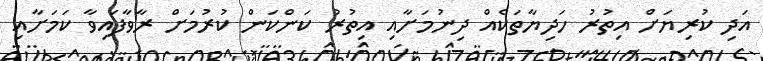
އަދި ކުރިޔަށް އިތުރު ހަދިޔާތަކެއް ދިނުމަށާއި އިތުރު ކަންކަން ކުރުމަށް ރާވާފައިވާ ކަމަށާއި